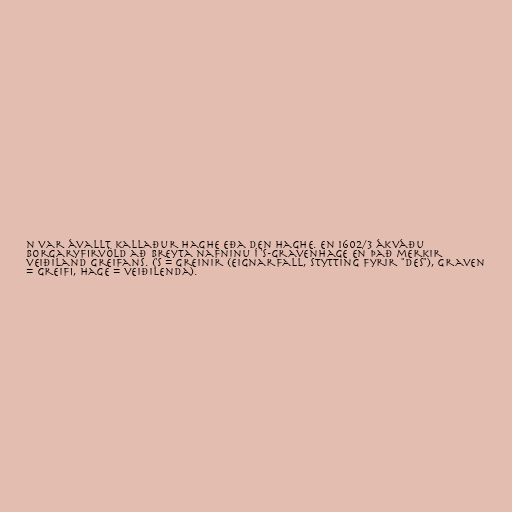
n var ávallt kallaður Haghe eða Den Haghe. En 1602/3 ákváðu
borgaryfirvöld að breyta nafninu í 's-Gravenhage en það merkir
veiðiland greifans. ('s = greinir (eignarfall, stytting fyrir "des"), Graven
= greifi, hage = veiðilenda).